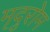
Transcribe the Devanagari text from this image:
मृदुरोम